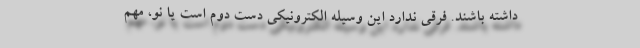
داشته باشند. فرقی ندارد این وسیله الکترونیکی دست دوم است یا نو، مهم